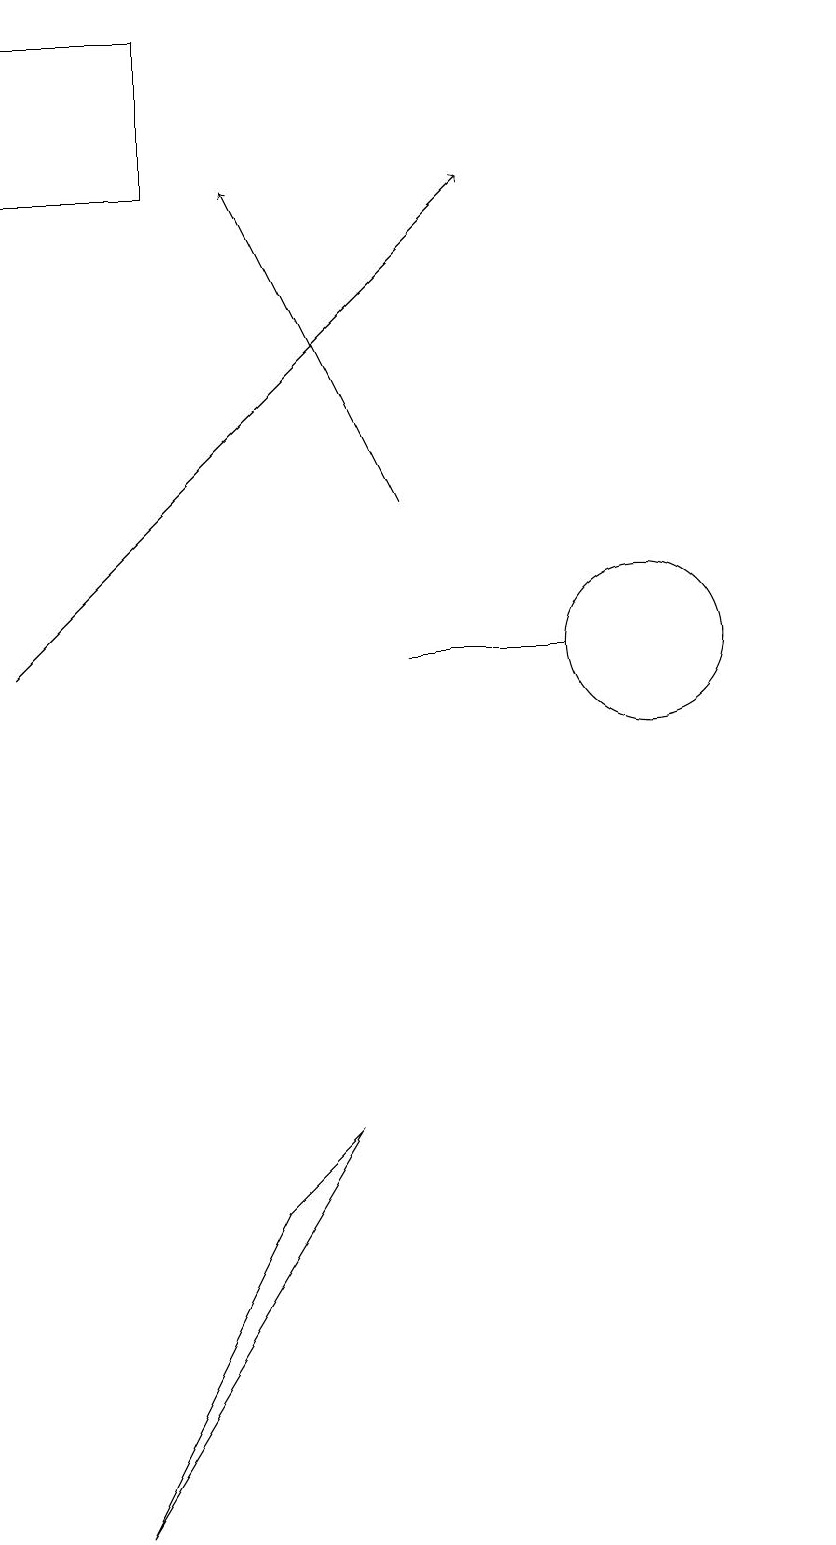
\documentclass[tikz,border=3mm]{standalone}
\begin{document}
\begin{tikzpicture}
\draw[->] (7,13) -- (5,17);
\draw[->] (2,11) -- (8,17);
\draw (12,11) circle (0);
\draw (9,11) rectangle (7,11);
\draw (2,19) rectangle (4,17);
\draw (6,5) -- (5,4) -- (3,0) -- cycle;
\draw (10,11) circle (1);
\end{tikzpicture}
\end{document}